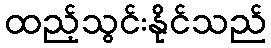
ထည့်သွင်းနိုင်သည်